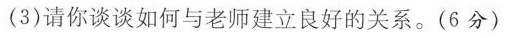
(3)请你谈谈如何与老师建立良好的关系。(6分)